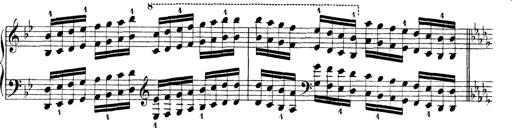
Title: Technische Studien
Composer: Franz Liszt